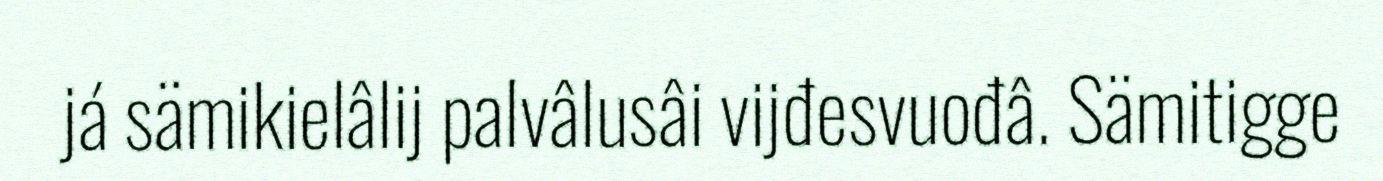
já sämikielâlij palvâlusâi vijđesvuođâ. Sämitigge